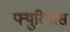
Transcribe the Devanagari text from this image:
फ्युरियास